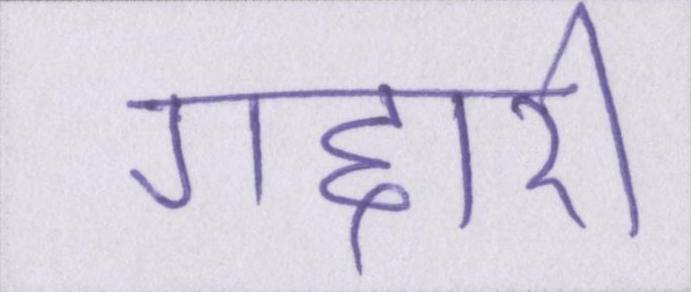
गद्दारी